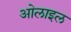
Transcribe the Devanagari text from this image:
ओलाइल